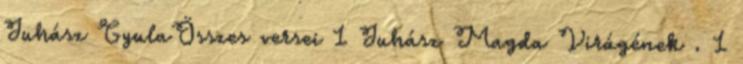
Juhász GyulaÖsszes versei 1 Juhász Magda Virágének . 1